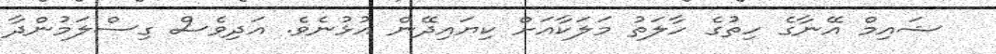
ޝައިމް އޭނާގެ ހިތުގެ ހާލަތު މަލަކާއަށް ކިޔައިދޭން އުޅުނެވެ. އަދިވެސް ގިސްލަމުންދާ